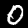
Digit: 0